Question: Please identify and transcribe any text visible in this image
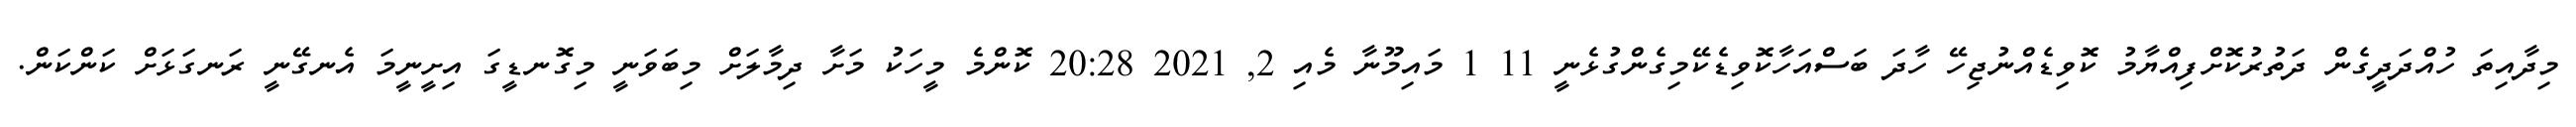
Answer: މިދާއިތަ ހުއްދަދީގެން ދަތުރުކޮށްފިއްޔާމު ކޮވިޑެއްނުޖިހޭ ހާދަ ބަސްއަހާކޮވިޑެކޭމިގެންގުޅެނީ 11 1 މައިމޫނާ މެއި 2, 2021 20:28 ކޮންމެ މީހަކު މަށާ ދިމާލަށް މިބަވަނީ މިގޮނޑީގަ އިށީނީމަ އެނގޭނީ ރަނގަޅަށް ކަންކަން.